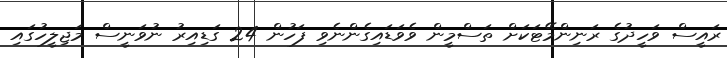
ރައީސް ވަހީދުގެ ރަނިންމޭޓަކަށް ތަސްމީން ވެވަޑައިގެންނެވި ފަހުން 24 ގަޑިއިރު ނުވަނީސް މަޖިލީހުގައި